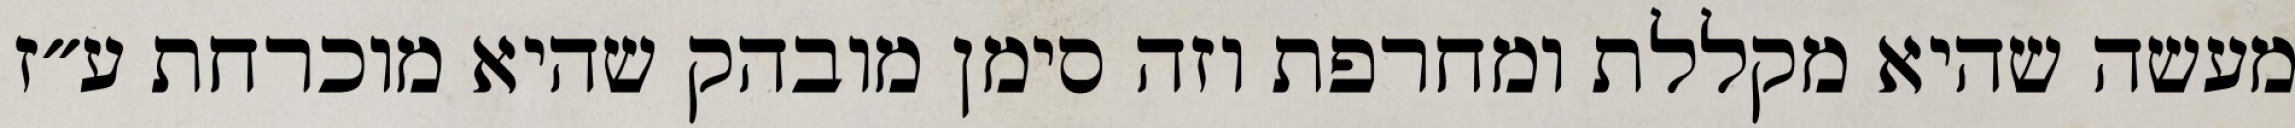
מעשה שהיא מקללת ומחרפת וזה סימן מובהק שהיא מוכרחת ע״ז